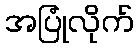
အပြုံလိုက်